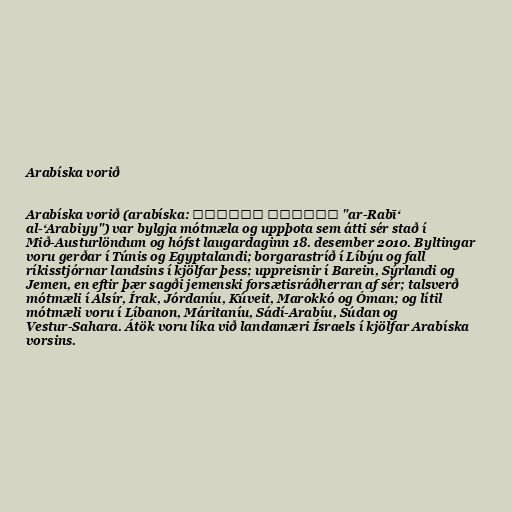
Arabíska vorið

Arabíska vorið (arabíska: الربيع العربي‎ "ar-Rabīʻ
al-ʻArabiyy") var bylgja mótmæla og uppþota sem átti sér stað í
Mið-Austurlöndum og hófst laugardaginn 18. desember 2010. Byltingar
voru gerðar í Túnis og Egyptalandi; borgarastríð í Líbýu og fall
ríkisstjórnar landsins í kjölfar þess; uppreisnir í Barein, Sýrlandi og
Jemen, en eftir þær sagði jemenski forsætisráðherran af sér; talsverð
mótmæli í Alsír, Írak, Jórdaníu, Kúveit, Marokkó og Óman; og lítil
mótmæli voru í Líbanon, Máritaníu, Sádí-Arabíu, Súdan og
Vestur-Sahara. Átök voru líka við landamæri Ísraels í kjölfar Arabíska
vorsins.